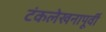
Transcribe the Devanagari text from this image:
टंकलेखनापूर्वी